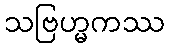
သဗြဟ္မကဿ